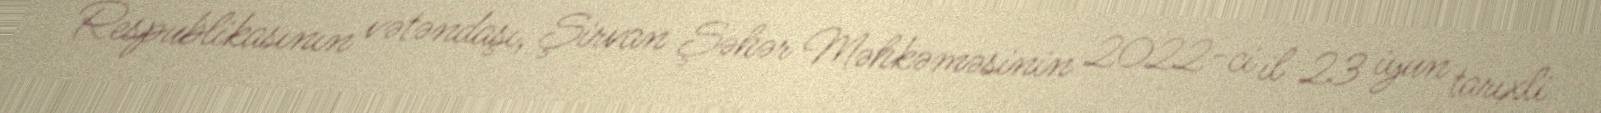
Respublikasının vətəndaşı, Şirvan Şəhər Məhkəməsinin 2022-ci il 23 iyun tarixli